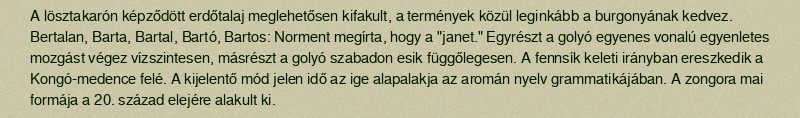
A lösztakarón képződött erdőtalaj meglehetősen kifakult, a termények közül leginkább a burgonyának kedvez. Bertalan, Barta, Bartal, Bartó, Bartos: Norment megírta, hogy a "janet." Egyrészt a golyó egyenes vonalú egyenletes mozgást végez vízszintesen, másrészt a golyó szabadon esik függőlegesen. A fennsík keleti irányban ereszkedik a Kongó-medence felé. A kijelentő mód jelen idő az ige alapalakja az aromán nyelv grammatikájában. A zongora mai formája a 20. század elejére alakult ki.